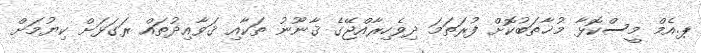
ޕ.އެމް މީސްކޮޅާ މުޚާތަބުކޮށް ފުރަތަމަ ދިވެހިރާއްޖޭގެ ޤާނޫނު ތަކާއި ޤަވާއިދުތައް ރަގަޅަށް ކިޔުމަށް